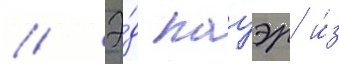
// Э́д пауэр и́з